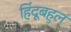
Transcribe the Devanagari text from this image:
हिंदूबहुल